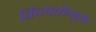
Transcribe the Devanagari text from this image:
किंमत्तीमुळे